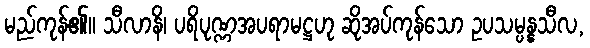
မည်ကုန်၏။ သီလာနိ၊ ပရိပုဏ္ဏအပရာမဋ္ဌဟု ဆိုအပ်ကုန်သော ဥပသမ္ပန္နသီလ,